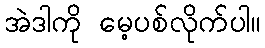
အဲဒါကို မေ့ပစ်လိုက်ပါ။